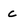
Character: C